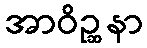
အာဝိဉ္ဆနာ